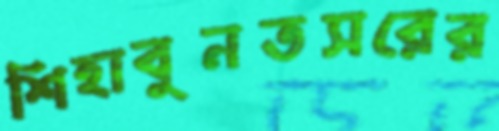
শিহাবুনতসরের